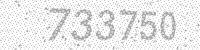
Solution: 733750